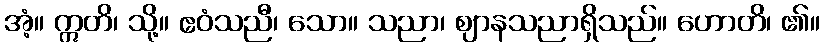
အံ့။ ဣတိ၊ သို့။ ဧဝံသညီ၊ သော။ သညာ၊ ဈာနသညာရှိသည်။ ဟောတိ၊ ၏။